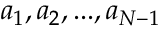
a _ { 1 } , a _ { 2 } , . . . , a _ { N - 1 }